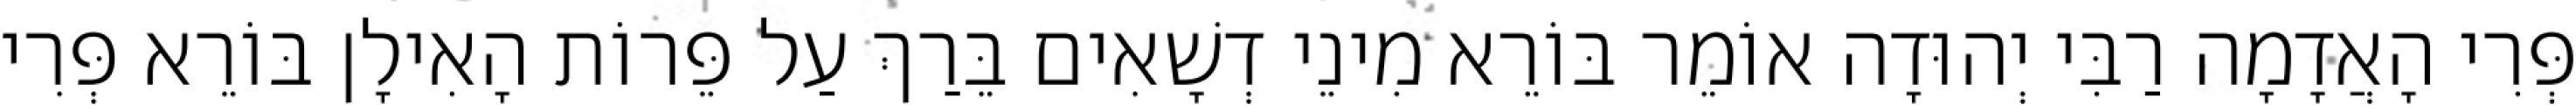
פְּרִי הָאֲדָמָה רַבִּי יְהוּדָה אוֹמֵר בּוֹרֵא מִינֵי דְשָׁאִים בֵּרַךְ עַל פֵּרוֹת הָאִילָן בּוֹרֵא פְּרִי